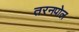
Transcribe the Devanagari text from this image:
तरनपोल